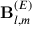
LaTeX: \mathbf { B } _ { l , m } ^ { ( E ) }